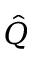
\hat { Q }